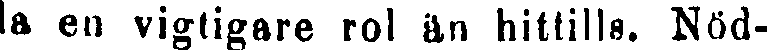
la en vigtigare rol än hittills. Nöd-